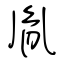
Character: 胤